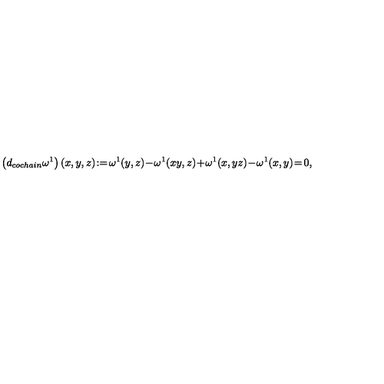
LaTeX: \left( d _ { c o c h a i n } \omega ^ { 1 } \right) ( x , y , z ) \! : = \! \omega ^ { 1 } ( y , z ) \! - \! \omega ^ { 1 } ( x y , z ) \! + \! \omega ^ { 1 } ( x , y z ) \! - \! \omega ^ { 1 } ( x , y ) \! = \! 0 ,